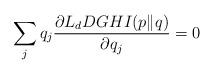
LaTeX: \begin{align*}\sum_{j}q_{j}\frac{\partial L_{d}DGHI(p\|q)}{\partial q_{j}}=0\end{align*}